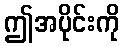
ဤအပိုင်းကို